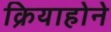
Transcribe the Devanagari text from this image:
क्रियाहोने